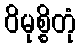
ဝိမုစ္စိတုံ